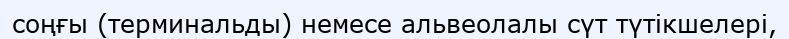
соңғы (терминальды) немесе альвеолалы сүт түтікшелері,